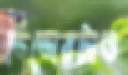
ডিডোরটাও